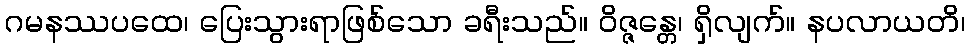
ဂမနဿပထေ၊ ပြေးသွားရာဖြစ်သော ခရီးသည်။ ဝိဇ္ဇန္တေ၊ ရှိလျက်။ နပလာယတိ၊